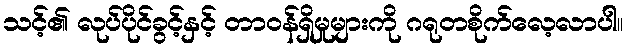
သင့်၏ လုပ်ပိုင်ခွင့်နှင့် တာဝန်ရှိမှုများကို ဂရုတစိုက်လေ့လာပါ။